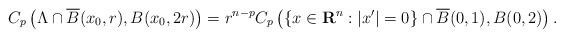
LaTeX: \begin{align*}C_p\left( \Lambda \cap \overline{B}(x_0,r), B(x_0, 2 r) \right) =r^{n-p} C_p\left( \{x\in\mathbf{R}^n : |x'| = 0\} \cap \overline{B}(0,1), B(0, 2) \right).\end{align*}